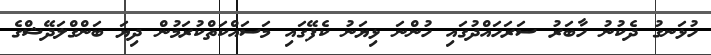
ހުޅަނގު ދެކުނު ހާބަރު ސަރަހައްދުގައި ހުންނަ ޅިޔަނު ކެފޭގައި މަސައްކަތްކުރަމުން ދިޔަ ބަންގްލަދޭޝްގެ